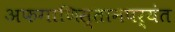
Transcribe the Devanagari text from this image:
अफगाणिस्तानपर्यंत